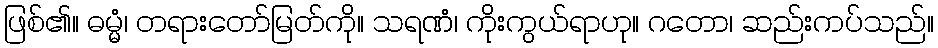
ဖြစ်၏။ ဓမ္မံ၊ တရားတော်မြတ်ကို။ သရဏံ၊ ကိုးကွယ်ရာဟု။ ဂတော၊ ဆည်းကပ်သည်။